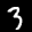
Label: 3